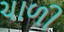
ચાળી